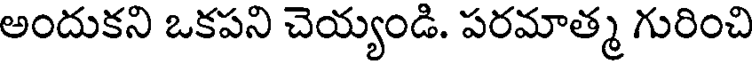
అందుకని ఒకపని చెయ్యండి. పరమాత్మ గురించి